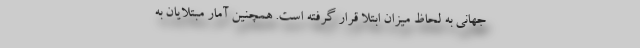
جهانی به لحاظ میزان ابتلا قرار گرفته است. همچنین آمار مبتلایان به